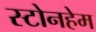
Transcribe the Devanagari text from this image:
स्टोनहेम